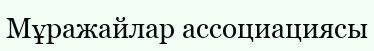
Мұражайлар ассоциациясы